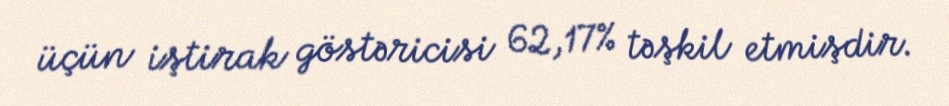
üçün iştirak göstəricisi 62,17% təşkil etmişdir.